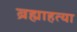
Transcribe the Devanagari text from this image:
ब्रह्माहत्या